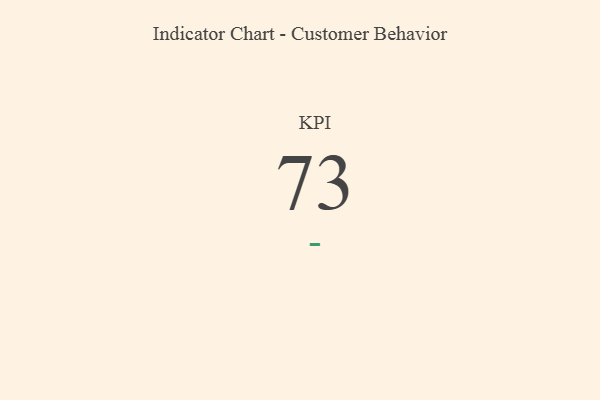
{"axis": {"x": "KPI", "y": "Value"}, "legend": [""], "data": [{"x": "KPI", "y": 73, "type": ""}]}